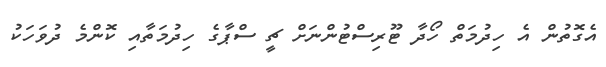
އެގޮތުން އެ ހިދުމަތް ހޯދާ ޓޫރިސްޓުންނަށް ޗީ ސްޕާގެ ހިދުމަތާއި ކޮންމެ ދުވަހަކު